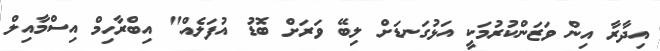
އިދާރާ އިން ވަޒަންކުރުމަކީ އަޅުގަނޑަށް ލިބޭ ވަރަށް ބޮޑު އުފަލެއް" އިބްރާހިމް އިސްމާއިލް